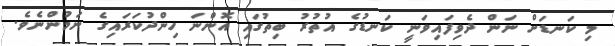
މި ކަނޑަށް ނަން ދެވިފައިވަނީ ކަނޑުގެ އުތުރު ބިތުގައި އޮންނަ ހިންދުކަރައިގެ ނަމުންނެވެ.